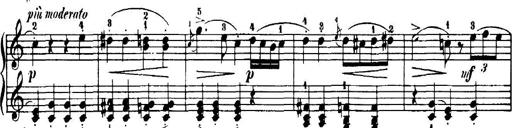
Title: 7 Sonatinas
Composer: Anton Diabelli